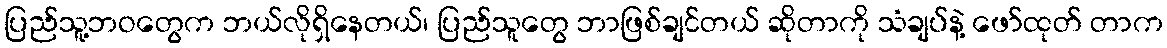
ပြည်သူ့ဘဝတွေက ဘယ်လိုရှိနေတယ်၊ ပြည်သူတွေ ဘာဖြစ်ချင်တယ် ဆိုတာကို သံချပ်နဲ့ ဖော်ထုတ် တာက